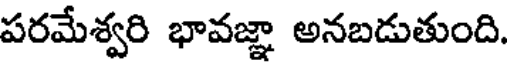
పరమేశ్వరి భావజ్ఞా అనబడుతుంది.